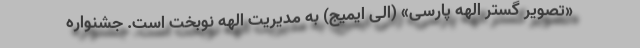
«تصویر گستر الهه پارسی» (الی ایمیج) به مدیریت الهه نوبخت است. جشنواره